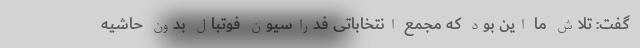
گفت: تلاش ما این بود که مجمع انتخاباتی فدراسیون فوتبال بدون حاشیه